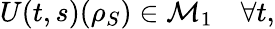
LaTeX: U(t,s)({\rho}_{S})\in\mathcal{M}_{1}\quad\forall t,